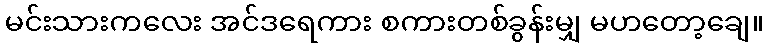
မင်းသားကလေး အင်ဒရေကား စကားတစ်ခွန်းမျှ မဟတော့ချေ။